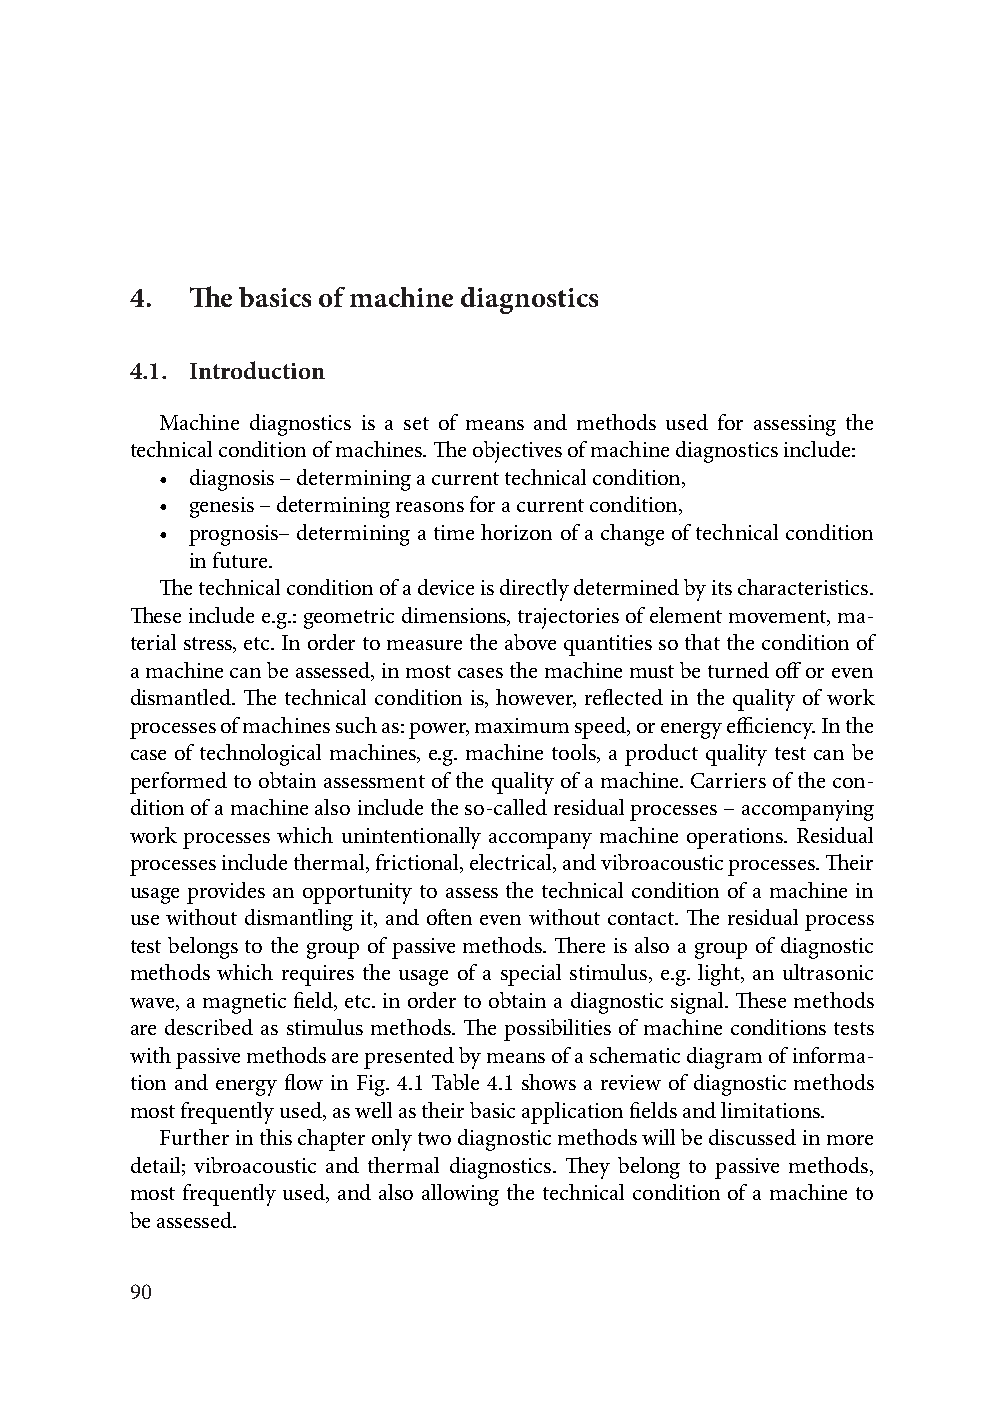
4.  The basics of machine diagnostics
 4.1. Introduction
 Machine diagnostics is a set of means and methods used for assessing the
 technical condition of machines. The objectives of machine diagnostics include:
 • diagnosis – determining a current technical condition,
 • genesis – determining reasons for a current condition,
 • prognosis– determining a time horizon of a change of technical condition
 in future.
 The technical condition of a device is directly determined by its characteristics.
 These include e.g.: geometric dimensions, trajectories of element movement, ma-
 terial stress, etc. In order to measure the above quantities so that the condition of
 a machine can be assessed, in most cases the machine must be turned off or even
 dismantled. The technical condition is, however, reflected in the quality of work
 processes of machines such as: power, maximum speed, or energy efficiency. In the
 case of technological machines, e.g. machine tools, a product quality test can be
 performed to obtain assessment of the quality of a machine. Carriers of the con-
 dition of a machine also include the so-called residual processes – accompanying
 work processes which unintentionally accompany machine operations. Residual
 processes include thermal, frictional, electrical, and vibroacoustic processes. Their
 usage provides an opportunity to assess the technical condition of a machine in
 use without dismantling it, and often even without contact. The residual process
 test belongs to the group of passive methods. There is also a group of diagnostic
 methods which requires the usage of a special stimulus, e.g. light, an ultrasonic
 wave, a magnetic field, etc. in order to obtain a diagnostic signal. These methods
 are described as stimulus methods. The possibilities of machine conditions tests
 with passive methods are presented by means of a schematic diagram of informa-
 tion and energy flow in Fig. 4.1 Table 4.1 shows a review of diagnostic methods
 most frequently used, as well as their basic application fields and limitations.
 Further in this chapter only two diagnostic methods will be discussed in more
 detail; vibroacoustic and thermal diagnostics. They belong to passive methods,
 most frequently used, and also allowing the technical condition of a machine to
 be assessed.
 90